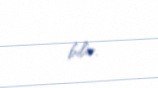
bilir.